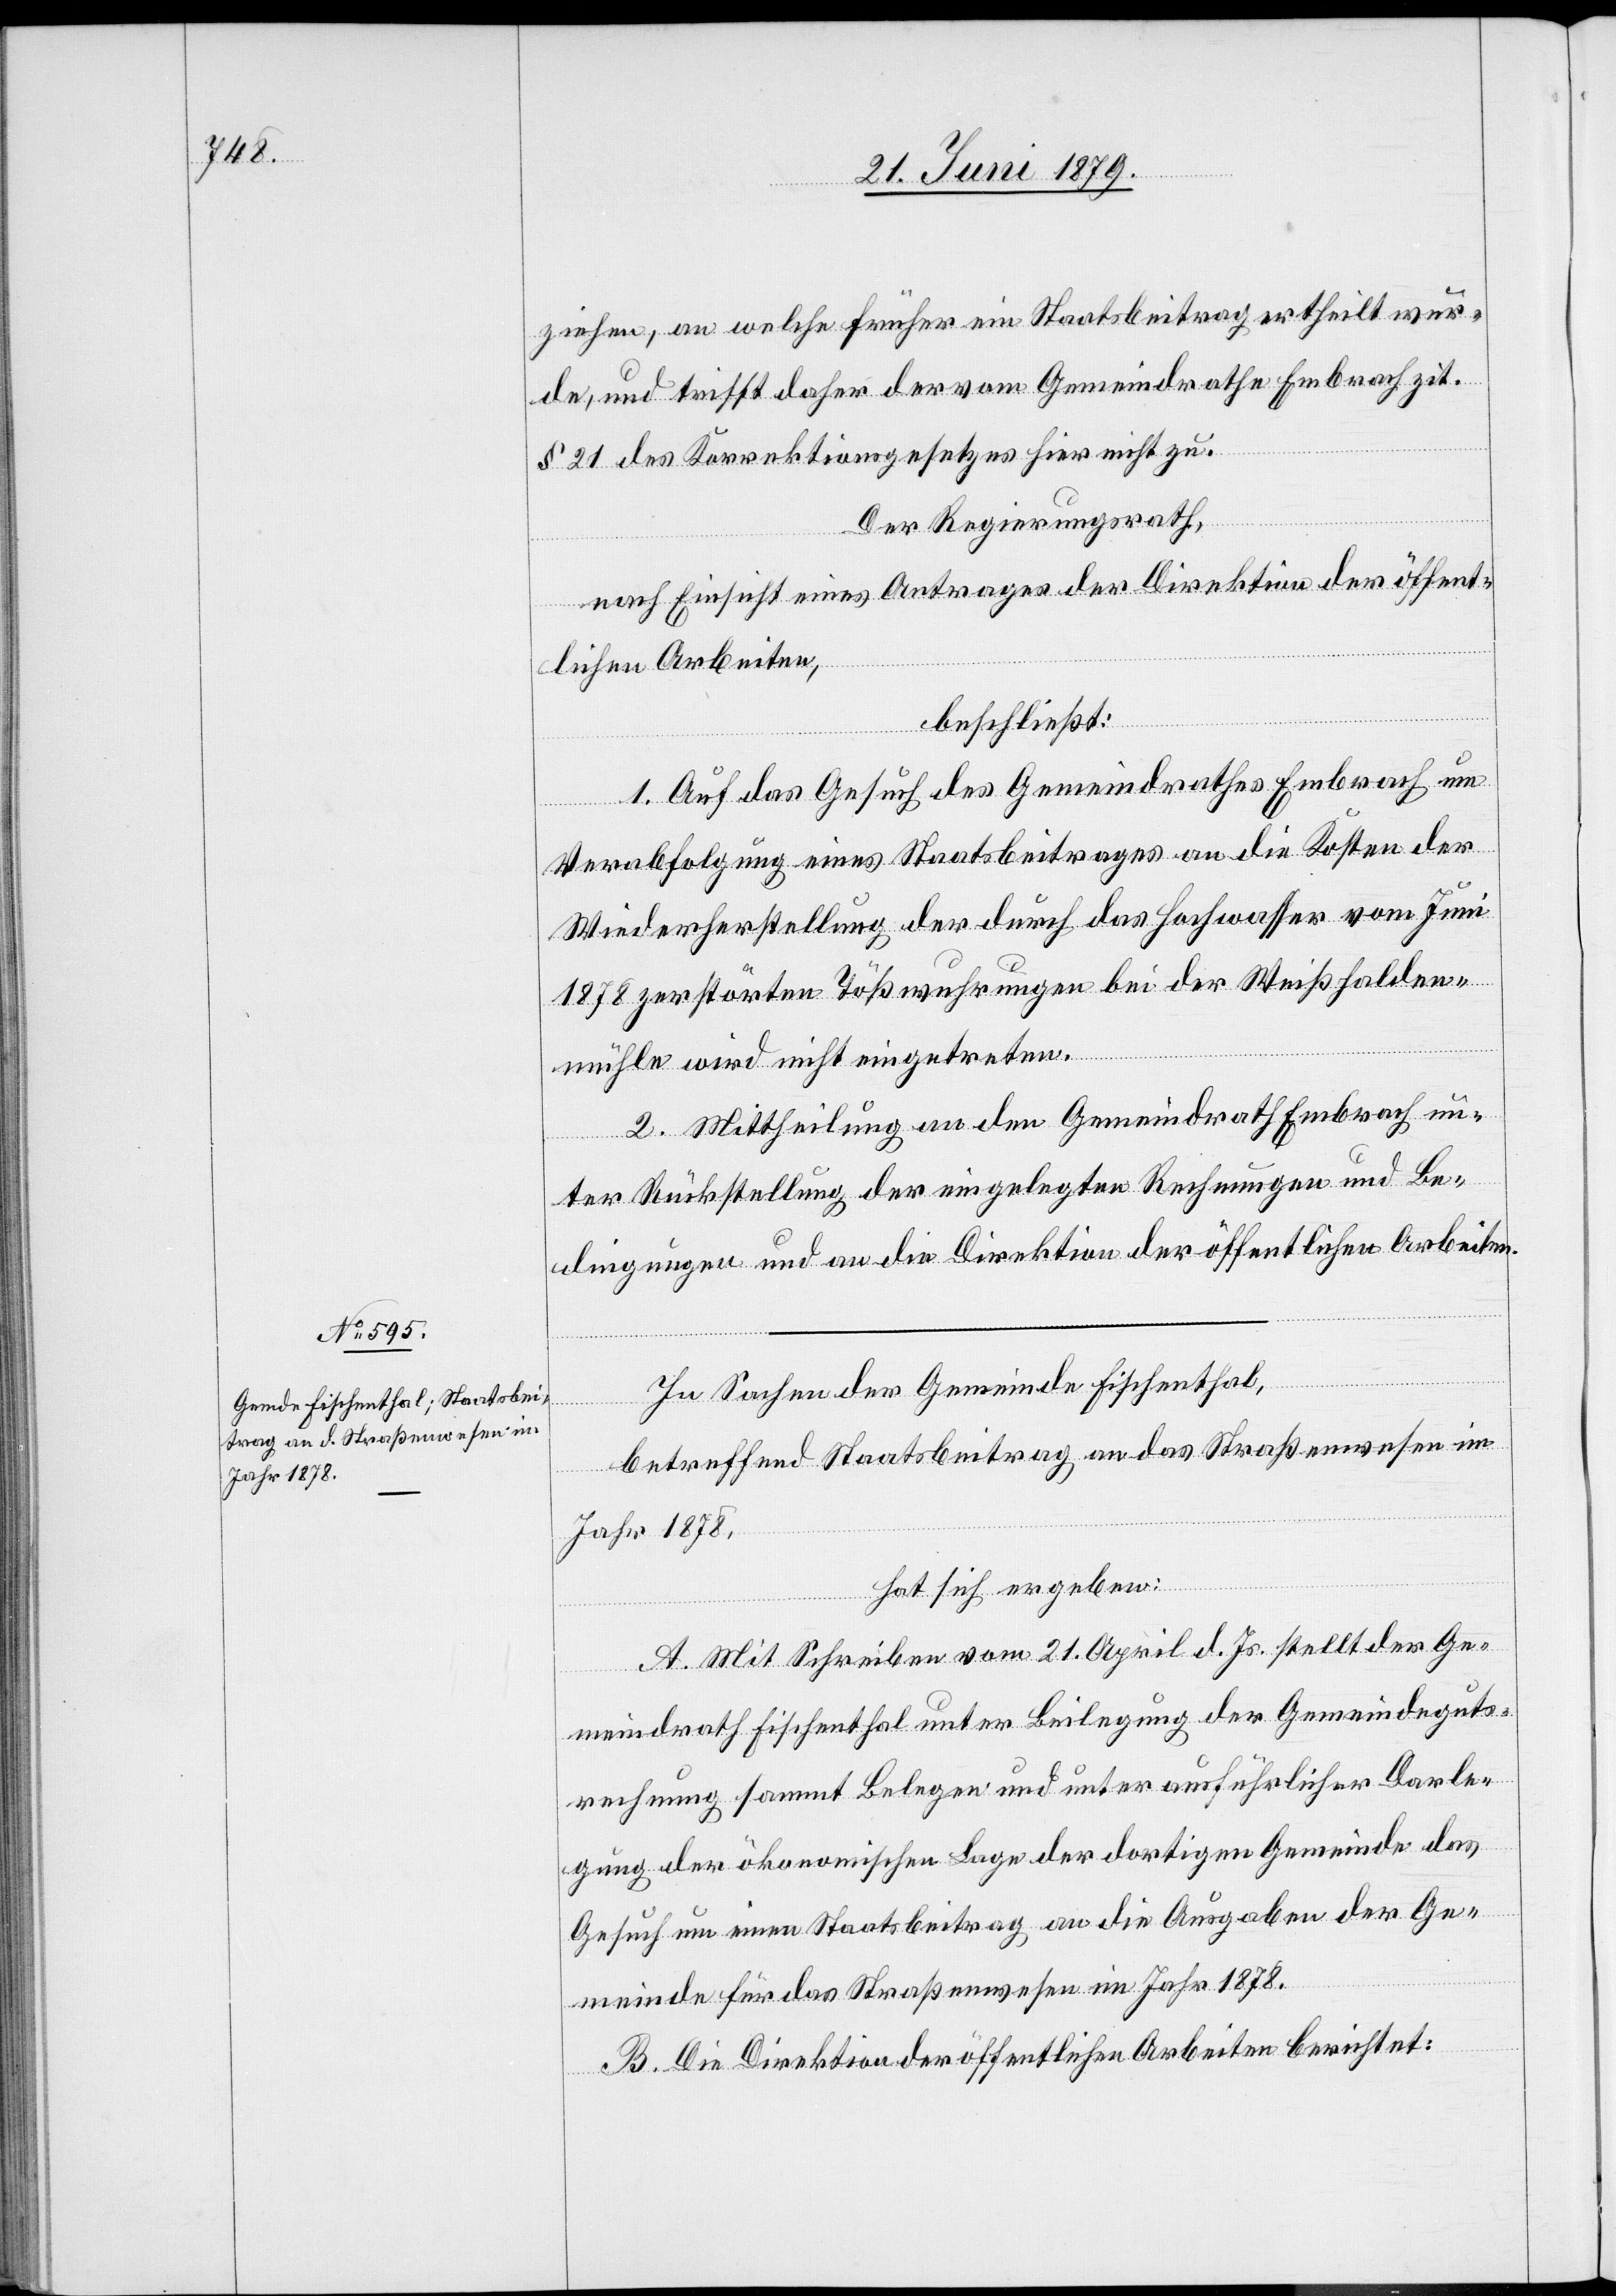
ziehen, an welche früher ein Staatsbeitrag ertheilt wur¬
de, und trifft daher der vom Gemeindrathe Embrach zit.
§ 21 des Korrektionsgesetzes hier nicht zu.
Der Regierungsrath,
nach Einsicht eines Antrages der Direktion der öffent¬
lichen Arbeiten,
beschließt:
1. Auf das Gesuch des Gemeindrathes Embrach um
Verabfolgung eines Staatsbeitrages an die Kosten der
Wiederherstellung der durch das Hochwasser vom Juni
1878 zerstörten Tößwuhrungen bei der Weißhalden¬
mühle wird nicht eingetreten.
2. Mittheilung an den Gemeindrath Embrach un¬
ter Rückstellung der eingelegten Rechnungen und Be¬
dingungen und an die Direktion der öffentlichen Arbeiten.
In Sachen der Gemeinde Fischenthal,
betreffend Staatsbeitrag an das Straßenwesen im
Jahr 1878,
hat sich ergeben:
A. Mit Schreiben vom 21. April d. Js. stellt der Ge¬
meindrath Fischenthal unter Beilegung der Gemeindeguts¬
rechnung sammt Belegen und unter ausführlicher Darle¬
gung der ökonomischen Lage der dortigen Gemeinde das
Gesuch um einen Staatsbeitrag an die Ausgaben der Ge¬
meinde für das Straßenwesen im Jahr 1878.
B. Die Direktion der öffentlichen Arbeiten berichtet: